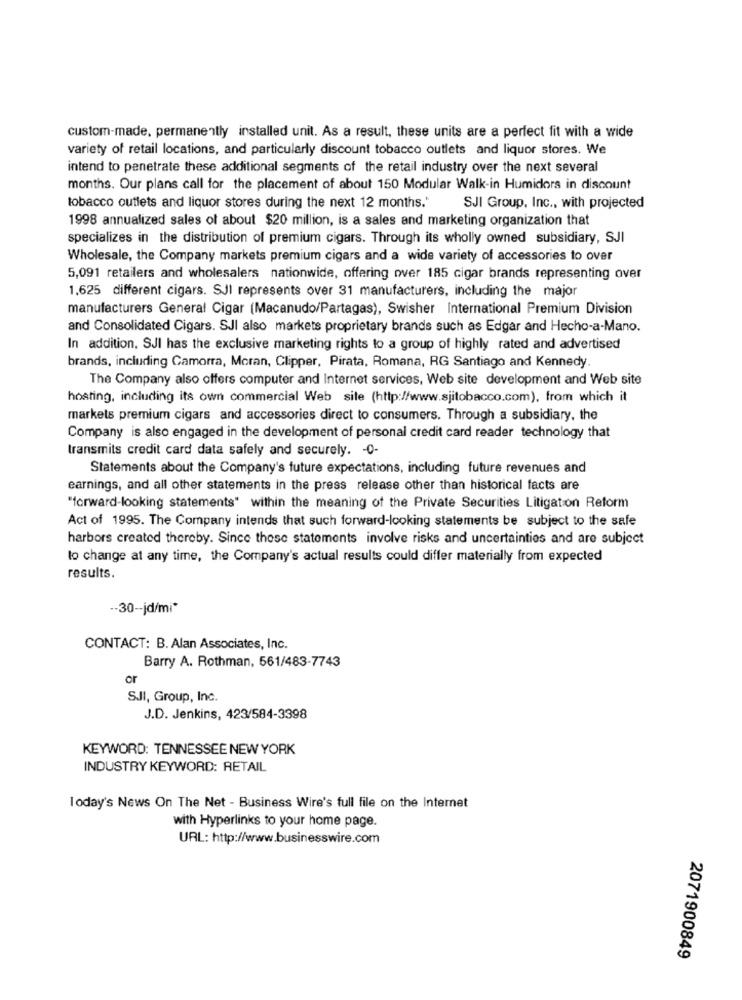
custom-made, permanently installed unit. As a result, these units are a perfect fit with a wide
variety of retail locations, and particularly discount tobacco outlets and liquor stores. We
intend to penetrate these additional segments of the retail industry over the next several
months. Our plans call for the placement of about 150 Modular Walk-in Humidors in discount
tobacco outlets and liquor stores during the next 12 months."
SJI Group, Inc ., with projected
1998 annualized sales of about $20 million, is a sales and marketing organization that
specializes in the distribution of premium cigars. Through its wholly owned subsidiary, SJI
Wholesale, the Company markets premium cigars and a wide variety of accessories to over
5,091 retailers and wholesalers nationwide, offering over 185 cigar brands representing over
1.625 different cigars. SJI represents over 31 manufacturers, including the major
manufacturers General Cigar (Macanudo/Partagas), Swisher International Premium Division
and Consolidated Cigars. SJI also markets proprietary brands such as Edgar and Hecho-a-Mano.
In addition, SJI has the exclusive marketing rights to a group of highly rated and advertised
brands, including Camorra, Moran, Clipper, Pirata, Romana, RG Santiago and Kennedy.
The Company also offers computer and Internet services, Web site development and Web site
hosting, including its own commercial Web site (http://www.sjitobacco.com), from which it
markets premium cigars and accessories direct to consumers. Through a subsidiary, the
Company is also engaged in the development of personal credit card reader technology that
transmits credit card data safely and securely. - 0-
Statements about the Company's future expectations, including future revenues and
earnings, and all other statements in the press release other than historical facts are
"forward-looking statements" within the meaning of the Private Securities Litigation Reform
Act of 1995. The Company intends that such forward-looking statements be subject to the safe
harbors created thereby. Since these statements involve risks and uncertainties and are subject
lo change at any time, the Company's actual results could differ materially from expected
results.
-- 30 -- jd/mi*
CONTACT: B. Alan Associates, Inc.
Barry A. Rothman, 561/483-7743
or
S.JI, Group, Inc.
J.D. Jenkins, 423/584-3398
KEYWORD: TENNESSEE NEW YORK
INDUSTRY KEYWORD: RETAIL
Today's News On The Net - Business Wire's full file on the Internet
with Hyperlinks to your home page.
URL: http://www.businesswire.com
2071900849